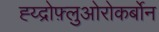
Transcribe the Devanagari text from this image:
ह्य्द्रोफ़्लुओरोकर्बोन